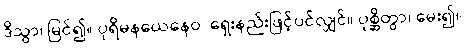
ဒိသွာ၊ မြင်၍။ ပုရိမနယေနေဝ၊ ရှေးနည်းဖြင့်ပင်လျှင်။ ပုစ္ဆိတွာ၊ မေး၍။